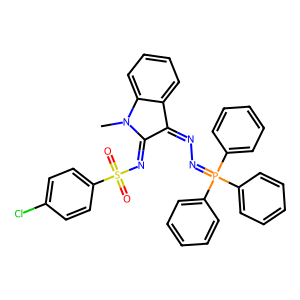
SMILES: CN1C(=NS(=O)(=O)c2ccc(Cl)cc2)C(=NN=P(c2ccccc2)(c2ccccc2)c2ccccc2)c2ccccc21
Inhibits HIV replication: No